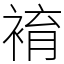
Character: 䘻